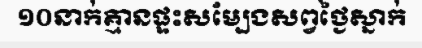
១០នាក់គ្មានផ្ទះសម្បែងសព្វថ្ងៃស្នាក់